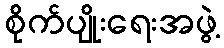
စိုက်ပျိုးရေးအဖွဲ့